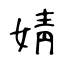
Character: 婧